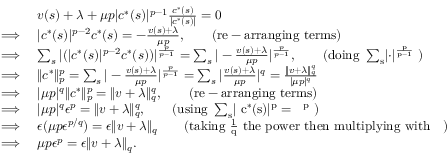
\begin{array} { r l } & { v ( s ) + \lambda + \mu p \lvert c ^ { * } ( s ) \rvert ^ { p - 1 } \frac { c ^ { * } ( s ) } { \lvert c ^ { * } ( s ) \rvert } = 0 } \\ { \implies } & { \lvert c ^ { * } ( s ) \rvert ^ { p - 2 } c ^ { * } ( s ) = - \frac { v ( s ) + \lambda } { \mu p } , \qquad \mathrm { ( r e - a r r a n g i n g ~ t e r m s ) } } \\ { \implies } & { \sum _ { s } | ( \lvert c ^ { * } ( s ) \rvert ^ { p - 2 } c ^ { * } ( s ) ) | ^ { \frac { p } { p - 1 } } = \sum _ { s } | - \frac { v ( s ) + \lambda } { \mu p } | ^ { \frac { p } { p - 1 } } , \qquad \mathrm { ( d o i n g ~ \sum _ s \lvert \cdot \rvert ^ \frac { p } { p - 1 } ~ ) } } \\ { \implies } & { \lVert c ^ { * } \rVert _ { p } ^ { p } = \sum _ { s } | - \frac { v ( s ) + \lambda } { \mu p } | ^ { \frac { p } { p - 1 } } = \sum _ { s } | \frac { v ( s ) + \lambda } { \mu p } | ^ { q } = \frac { \lVert v + \lambda \rVert _ { q } ^ { q } } { | \mu p | ^ { q } } } \\ { \implies } & { | \mu p | ^ { q } \lVert c ^ { * } \rVert _ { p } ^ { p } = \lVert v + \lambda \rVert _ { q } ^ { q } , \qquad \mathrm { ( r e - a r r a n g i n g ~ t e r m s ) } } \\ { \implies } & { | \mu p | ^ { q } \epsilon ^ { p } = \lVert v + \lambda \rVert _ { q } ^ { q } , \qquad \mathrm { ( u s i n g ~ \sum _ { s } \lvert ~ c ^ * ( s ) \rvert ^ p = ~ \epsilon ^ p ~ ) } } \\ { \implies } & { \epsilon ( \mu p \epsilon ^ { p / q } ) = \epsilon \lVert v + \lambda \rVert _ { q } \qquad \mathrm { ( t a k i n g ~ \frac { 1 } { q } ~ t h e ~ p o w e r ~ t h e n ~ m u l t i p l y i n g ~ w i t h ~ \epsilon ~ ) } } \\ { \implies } & { \mu p \epsilon ^ { p } = \epsilon \lVert v + \lambda \rVert _ { q } . } \end{array}